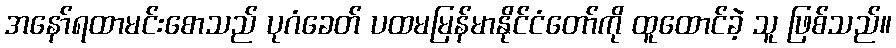
အနော်ရထာမင်းစောသည် ပုဂံခေတ် ပထမမြန်မာနိုင်ငံတော်ကို ထူထောင်ခဲ့ သူ ဖြစ်သည်။